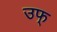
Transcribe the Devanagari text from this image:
उफ्‌